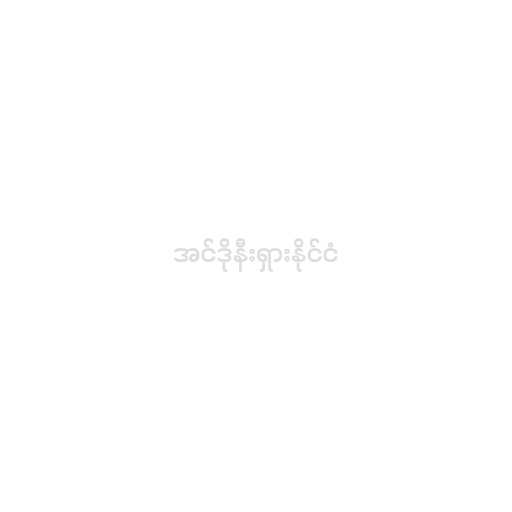
အင်ဒိုနီးရှားနိုင်ငံ